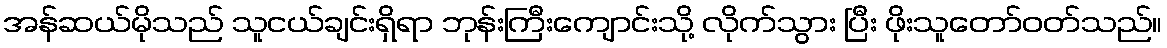
အန်ဆယ်မိုသည် သူငယ်ချင်းရှိရာ ဘုန်းကြီးကျောင်းသို့ လိုက်သွား ပြီး ဖိုးသူတော်ဝတ်သည်။